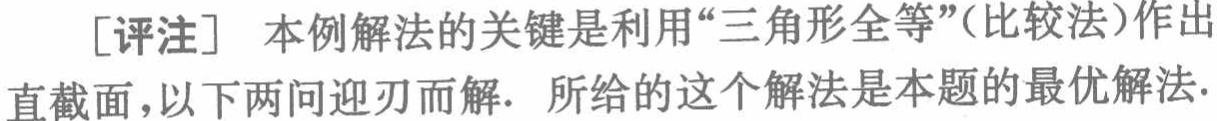
[评注] 本例解法的关键是利用“三角形全等”(比较法)作出直截面,以下两问迎刃而解. 所给的这个解法是本题的最优解法.